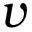
v